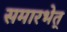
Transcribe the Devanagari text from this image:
समारभेत्